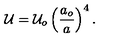
{ \cal U } = { \cal U } _ { o } \left( { \frac { a _ { o } } { a } } \right) ^ { 4 } .